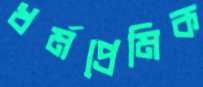
ধর্মপ্রেমিক